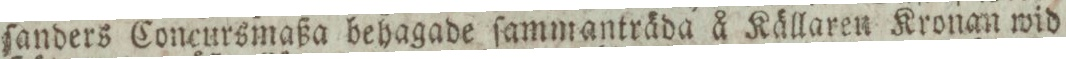
ſanders Concursmaßa behagade ſammanträda å Källaren Kronan wid